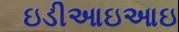
ઇડીઆઇઆઇ